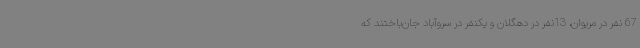
67 نفر در مریوان، 13نفر در دهگلان و یکنفر در سروآباد جان‌باختند که